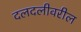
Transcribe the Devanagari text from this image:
दलदलीवरील